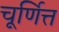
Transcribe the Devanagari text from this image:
चूर्णित्त